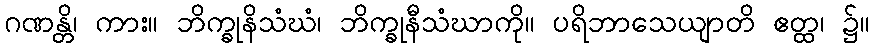
ဂဏန္တိ၊ ကား။ ဘိက္ခုနိသံဃံ၊ ဘိက္ခုနီသံဃာကို။ ပရိဘာသေယျာတိ ဧတ္ထ၊ ၌။